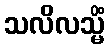
သလိလသ္မိံ